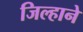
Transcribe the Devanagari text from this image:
जिल्हाने